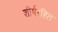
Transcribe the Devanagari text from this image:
शीर्षरहित